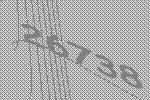
26738